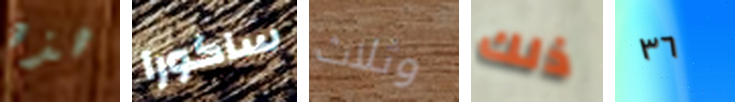
هذه ساكورا وثلاث ذلك ٣٦